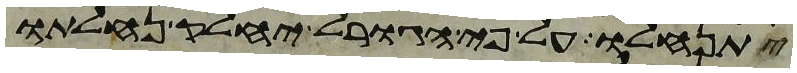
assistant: יתנחלו על פי הגורל יחלק נחלתו